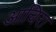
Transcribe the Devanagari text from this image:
आचिरा